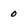
Character: 0